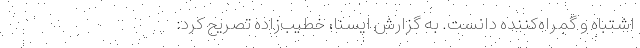
اشتباه و گمراه‌کننده دانست. به گزارش ایسنا، خطیب‌زاده تصریح کرد: